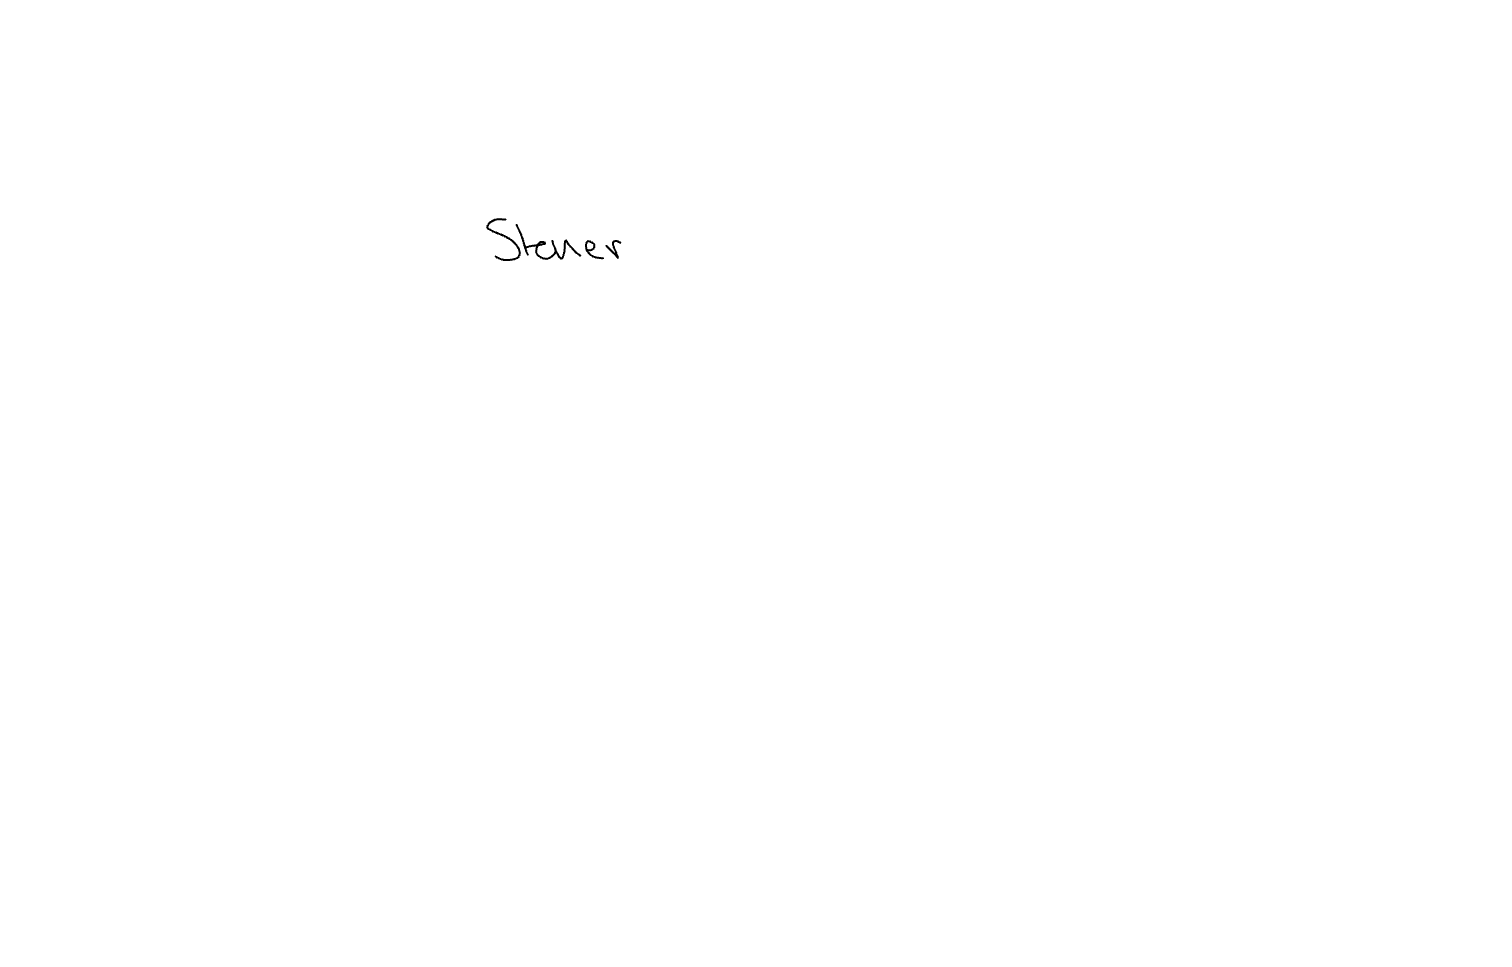
Text: Steuer